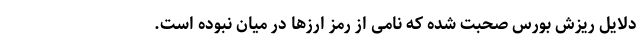
دلایل ریزش بورس صحبت شده که نامی از رمز ارزها در میان نبوده است.